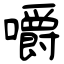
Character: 嚼